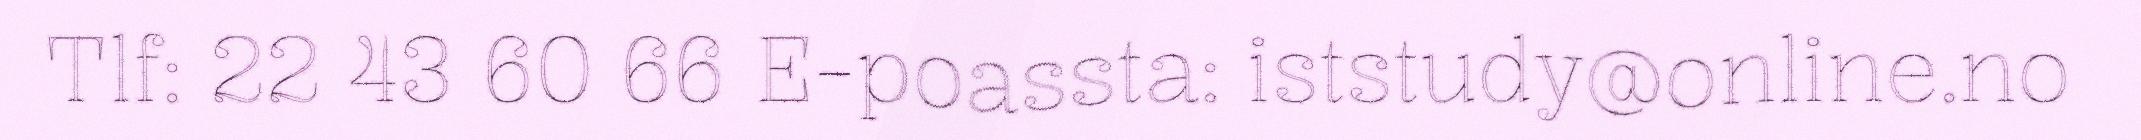
Tlf: 22 43 60 66 E-poassta: iststudy@online.no